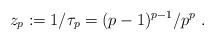
LaTeX: \begin{align*} z_p : =1/\tau_p = (p-1)^{p-1}/p^p \ .\end{align*}